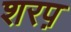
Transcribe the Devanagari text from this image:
शरप़